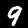
Digit: 9